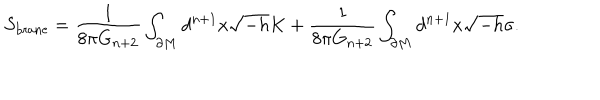
LaTeX: S _ { \mathrm { b r a n e } } = \frac { 1 } { 8 \pi G _ { n + 2 } } \int _ { \partial M } d ^ { n + 1 } x \sqrt { - h } K + \frac { 1 } { 8 \pi G _ { n + 2 } } \int _ { \partial M } d ^ { n + 1 } x \sqrt { - h } \sigma .